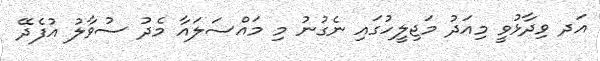
އަދ ވިދާޅުވީ މިއަދު މަޖިލީހުގައި ނެގުނު މި މައްސަލައާ މެދު ސުވާލު އުފެދޭ